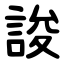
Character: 誜